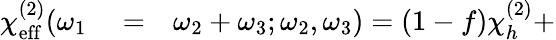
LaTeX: \begin{array}{rlr}{\chi_{\mathrm{eff}}^{(2)}(\omega_{1}}&{{}=}&{\omega_{2}+\omega_{3};\omega_{2},\omega_{3})=(1-f)\chi_{h}^{(2)}+}\end{array}